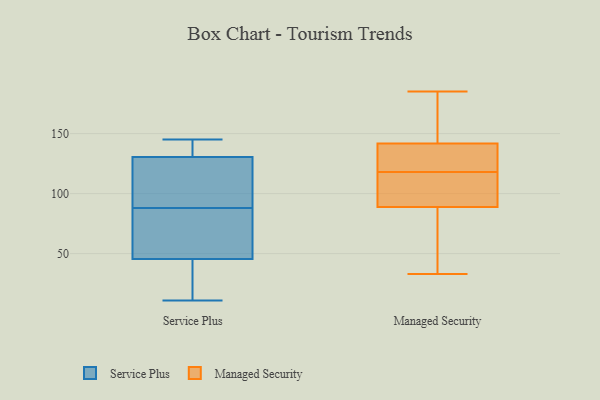
{"axis": {"x": "Net Income (USD K)", "y": "Value"}, "legend": ["Managed Security", "Service Plus"], "data": [{"x": "", "y": 49, "type": "Service Plus"}, {"x": "", "y": 134, "type": "Service Plus"}, {"x": "", "y": 81, "type": "Service Plus"}, {"x": "", "y": 134, "type": "Service Plus"}, {"x": "", "y": 42, "type": "Service Plus"}, {"x": "", "y": 114, "type": "Service Plus"}, {"x": "", "y": 82, "type": "Service Plus"}, {"x": "", "y": 94, "type": "Service Plus"}, {"x": "", "y": 25, "type": "Service Plus"}, {"x": "", "y": 11, "type": "Service Plus"}, {"x": "", "y": 127, "type": "Service Plus"}, {"x": "", "y": 145, "type": "Service Plus"}, {"x": "", "y": 118, "type": "Managed Security"}, {"x": "", "y": 164, "type": "Managed Security"}, {"x": "", "y": 128, "type": "Managed Security"}, {"x": "", "y": 91, "type": "Managed Security"}, {"x": "", "y": 83, "type": "Managed Security"}, {"x": "", "y": 88, "type": "Managed Security"}, {"x": "", "y": 119, "type": "Managed Security"}, {"x": "", "y": 129, "type": "Managed Security"}, {"x": "", "y": 59, "type": "Managed Security"}, {"x": "", "y": 102, "type": "Managed Security"}, {"x": "", "y": 185, "type": "Managed Security"}, {"x": "", "y": 33, "type": "Managed Security"}, {"x": "", "y": 108, "type": "Managed Security"}, {"x": "", "y": 182, "type": "Managed Security"}, {"x": "", "y": 146, "type": "Managed Security"}]}